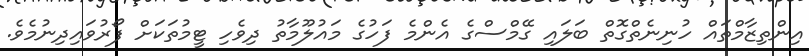
އިންތިޒާމްތައް ހުނިނެތްގޮތް ބަލައި ގޭމްސްގެ އެންމެ ފަހުގެ މައުލޫމާތު ދިވެހި ޓީމުތަކަށް ފޯރުވައިދިނުމެވެ.